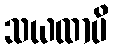
သယထာပိ